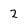
Character: 2